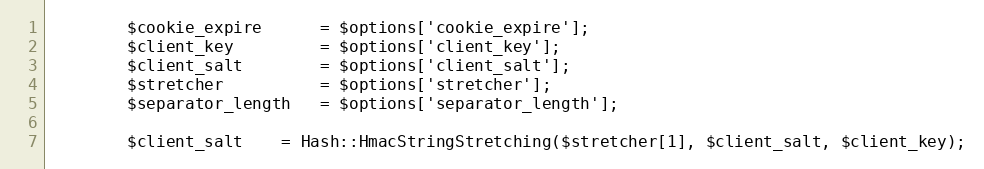
Language: PHP
		$cookie_expire		= $options['cookie_expire'];
		$client_key			= $options['client_key'];
		$client_salt		= $options['client_salt'];
		$stretcher			= $options['stretcher'];
		$separator_length	= $options['separator_length'];

		$client_salt	= Hash::HmacStringStretching($stretcher[1], $client_salt, $client_key);